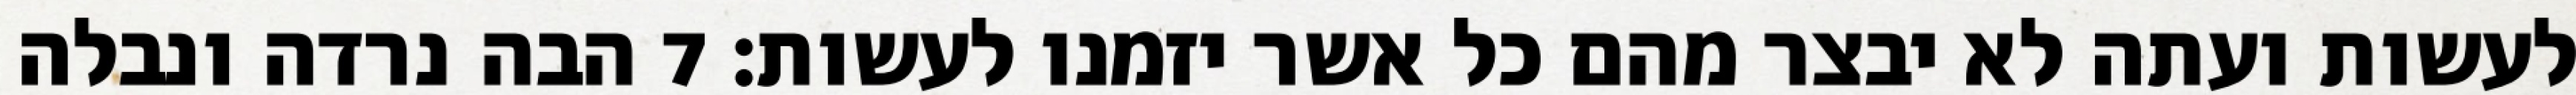
לעשות ועתה לא יבצר מהם כל אשר יזמנו לעשות׃ ‎7‏ הבה נרדה ונבלה